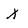
Character: x